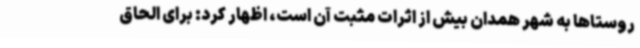
روستاها به شهر همدان بیش از اثرات مثبت آن است، اظهار کرد: برای الحاق